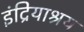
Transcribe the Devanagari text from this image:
इंद्रियाश्रय